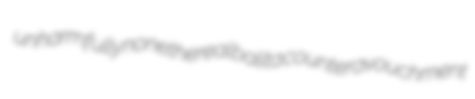
unharmfully nonethereal balita counteravouchment